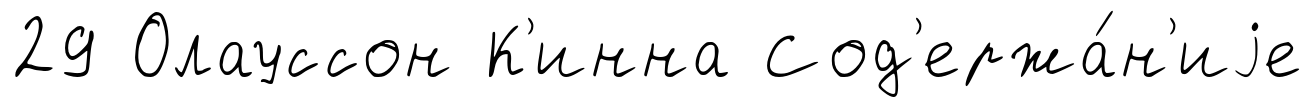
29 Олауссон К'инна Сод'ержа́н'иjе